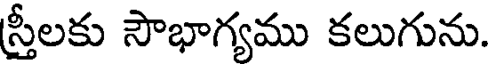
స్రీలకు సౌభాగ్యము కలుగును.